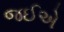
જઈએ